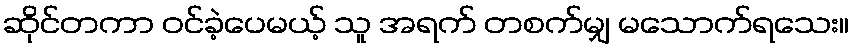
ဆိုင်တကာ ဝင်ခဲ့ပေမယ့် သူ အရက် တစက်မျှ မသောက်ရသေး။